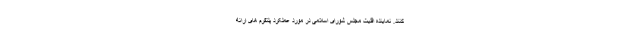
کنند. نماینده اقلیت مجلس شورای اسلامی در مورد عملکرد پلتفرم های ارائه